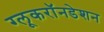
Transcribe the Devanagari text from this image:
ग्लूकरॉनडेशन